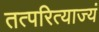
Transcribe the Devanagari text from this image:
तत्परित्याज्यं